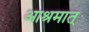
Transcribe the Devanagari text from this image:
आश्रमात्‌